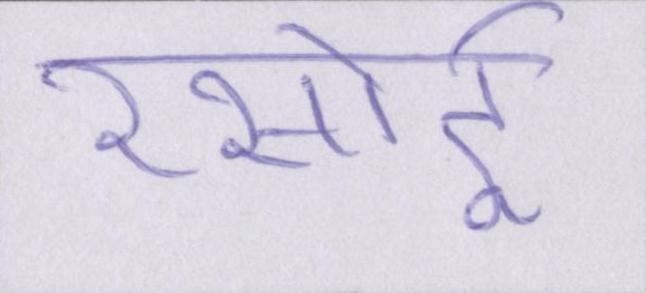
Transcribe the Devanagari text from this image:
रसोई